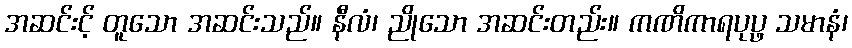
အဆင်းင့် တူသော အဆင်းသည်။ နီလံ၊ ညိုသော အဆင်းတည်း။ ကဏိကာရပုပ္ဖ သမာနံ၊